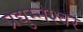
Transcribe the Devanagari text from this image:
प्रद्युम्नेश्वर